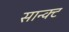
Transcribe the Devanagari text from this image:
सान्क्ट